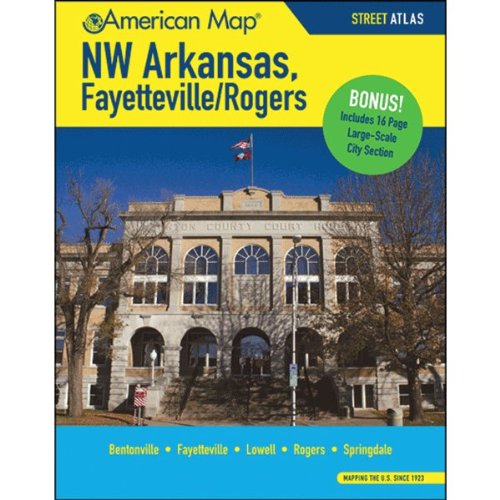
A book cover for NW Arkansas-Fayetteville/Rogers AR Atlas; Travel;